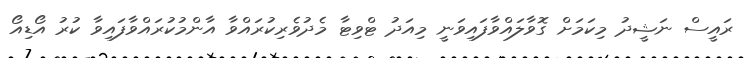
ރައީސް ނަޝީދު މިކަމަށް ގޮވާލައްވާފައިވަނީ މިއަދު ޓްވިޓާ މެދުވެރިކުރައްވާ އާންމުކުރައްވާފައިވާ ކުރު އޯޑިއޯ